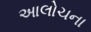
અાલોચના